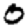
Digit: 0